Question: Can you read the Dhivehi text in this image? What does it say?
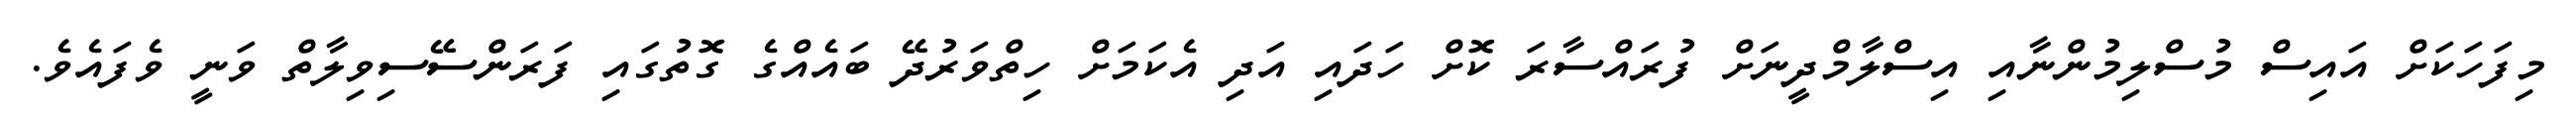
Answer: މިފަހަކަށް އައިސް މުސްލިމުންނާއި އިސްލާމްދީނަށް ފުރައްސާރަ ކޮށް ހަދައި އަދި އެކަމަށް ހިތްވަރުދޭ ބައެއްގެ ގޮތުގައި ފަރަންސޭސިވިލާތް ވަނީ ވެފައެވެ.